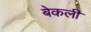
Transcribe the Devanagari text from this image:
बेकली